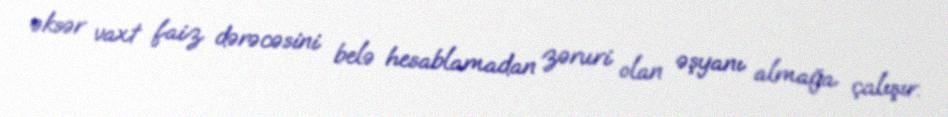
əksər vaxt faiz dərəcəsini belə hesablamadan zəruri olan əşyanı almağa çalışır.